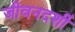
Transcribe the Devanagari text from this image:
जीवनदर्शी